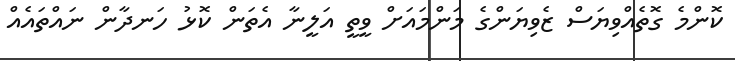
ކޮންމެ ގޮތެއްވިޔަސް ޒެވިޔަންގެ މަންމައަށް ވީތީ އަލީނާ އެތަން ކޮޅު ހަނދާން ނައްތައެއް